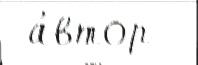
 а́втор